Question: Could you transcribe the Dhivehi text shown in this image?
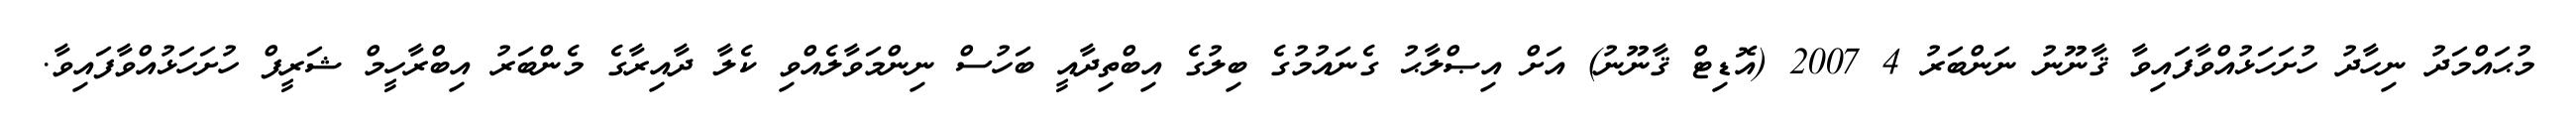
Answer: މުޙައްމަދު ނިހާދު ހުށަހަޅުއްވާފައިވާ ޤާނޫނު ނަންބަރު 4 2007 (އޮޑިޓް ޤާނޫނު) އަށް އިޞްލާޙު ގެނައުމުގެ ބިލުގެ އިބްތިދާއީ ބަހުސް ނިންމަވާލެއްވި ކެލާ ދާއިރާގެ މެންބަރު އިބްރާހީމް ޝަރީފް ހުށަހަޅުއްވާފައިވާ.